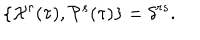
\{ { \cal X } ^ { r } ( \tau ) , { \cal P } ^ { s } ( \tau ) \} = \delta ^ { r s } .